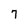
Character: 7